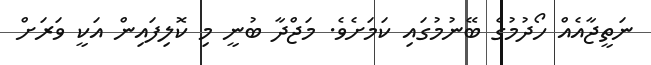
ނަތީޖާއެއް ހޯދުމުގެ ބޭނުމުގައި ކަމަށެވެ. މަޖްދާ ބުނީ މި ކޮލިފައިން އަކީ ވަރަށް